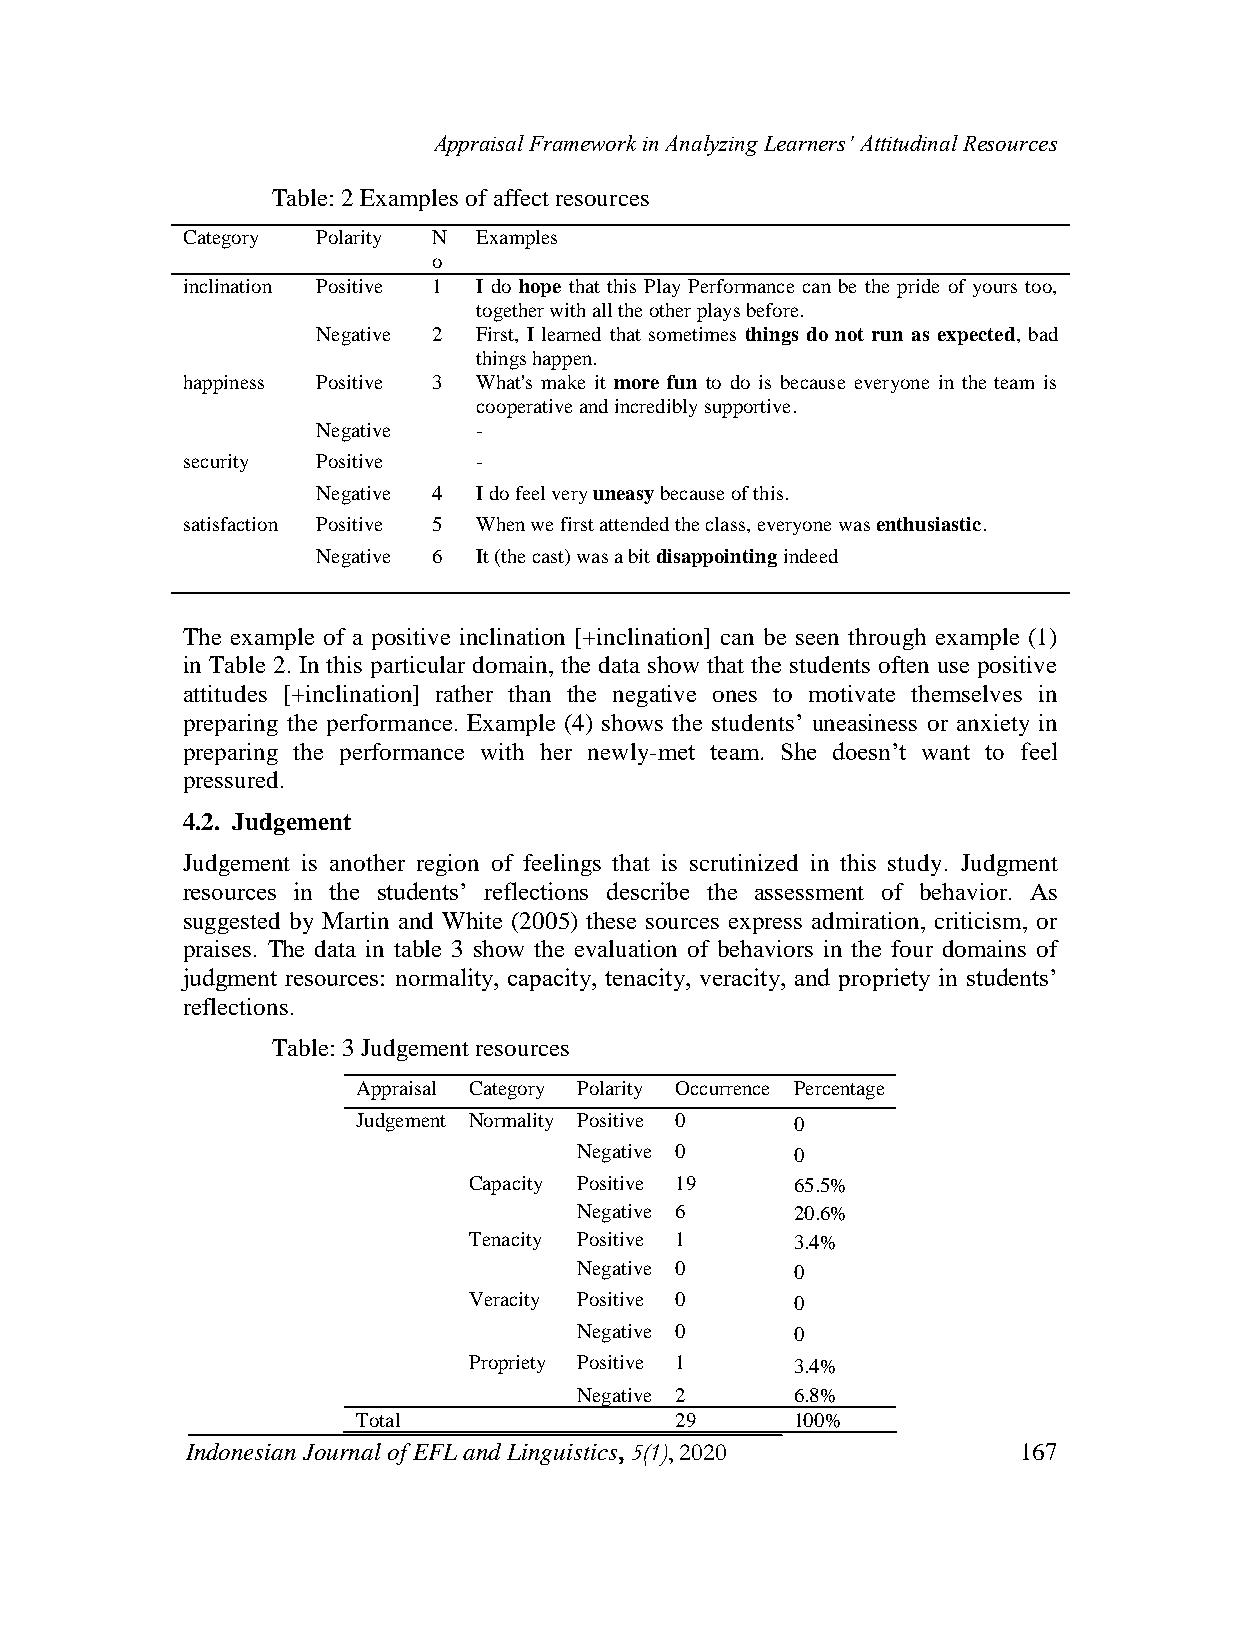
Appraisal Framework in Analyzing Learners’ Attitudinal Resources
 Table: 2 Examples of affect resources
 Category Polarity N Examples
 o
 inclination Positive 1 I do hope that this Play Performance can be the pride of yours too,
 together with all the other plays before.
 Negative 2 First, I learned that sometimes things do not run as expected, bad
 things happen.
 happiness Positive 3 What's make it more fun to do is because everyone in the team is
 cooperative and incredibly supportive.
 Negative   -
 security Positive   -
 Negative 4 I do feel very uneasy because of this.
 satisfaction Positive 5 When we first attended the class, everyone was enthusiastic.
 Negative 6 It (the cast) was a bit disappointing indeed
 The example of a positive inclination [+inclination] can be seen through example (1)
 in Table 2. In this particular domain, the data show that the students often use positive
 attitudes [+inclination] rather than the negative ones to motivate themselves in
 preparing the performance. Example (4) shows the students‟ uneasiness or anxiety in
 preparing the performance with her newly-met team. She doesn‟t want to feel
 pressured.
 4.2. Judgement
 Judgement is another region of feelings that is scrutinized in this study. Judgment
 resources in the students‟ reflections describe the assessment of behavior. As
 suggested by Martin and White (2005) these sources express admiration, criticism, or
 praises. The data in table 3 show the evaluation of behaviors in the four domains of
 judgment resources: normality, capacity, tenacity, veracity, and propriety in students‟
 reflections.
 Table: 3 Judgement resources
 Appraisal Category Polarity Occurrence Percentage
 Judgement Normality Positive 0 0
 Negative 0     0
 Capacity Positive 19  65.5%
 Negative 6     20.6%
 Tenacity Positive 1   3.4%
 Negative 0     0
 Veracity Positive 0   0
 Negative 0     0
 Propriety Positive 1  3.4%
 Negative 2     6.8%
 Total                29      100%
 Indonesian Journal of EFL and Linguistics, 5(1), 2020   167